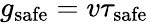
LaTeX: g_{\mathrm{safe}}=v\tau_{\mathrm{safe}}